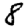
Digit: 8